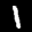
Label: 1